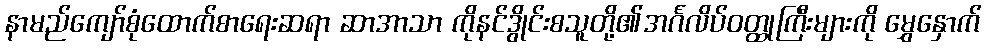
နာမည်ကျော်စုံထောက်စာရေးဆရာ ဆာအာသာ ကိုနင်ဒွိုင်းစသူတို့၏အင်္ဂလိပ်ဝတ္ထုကြီးများကို မွှေနှောက်